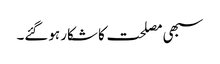
سبھی مصلحت کا شکار ہوگئے۔